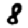
Digit: 8